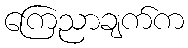
ကြေညာချက်က